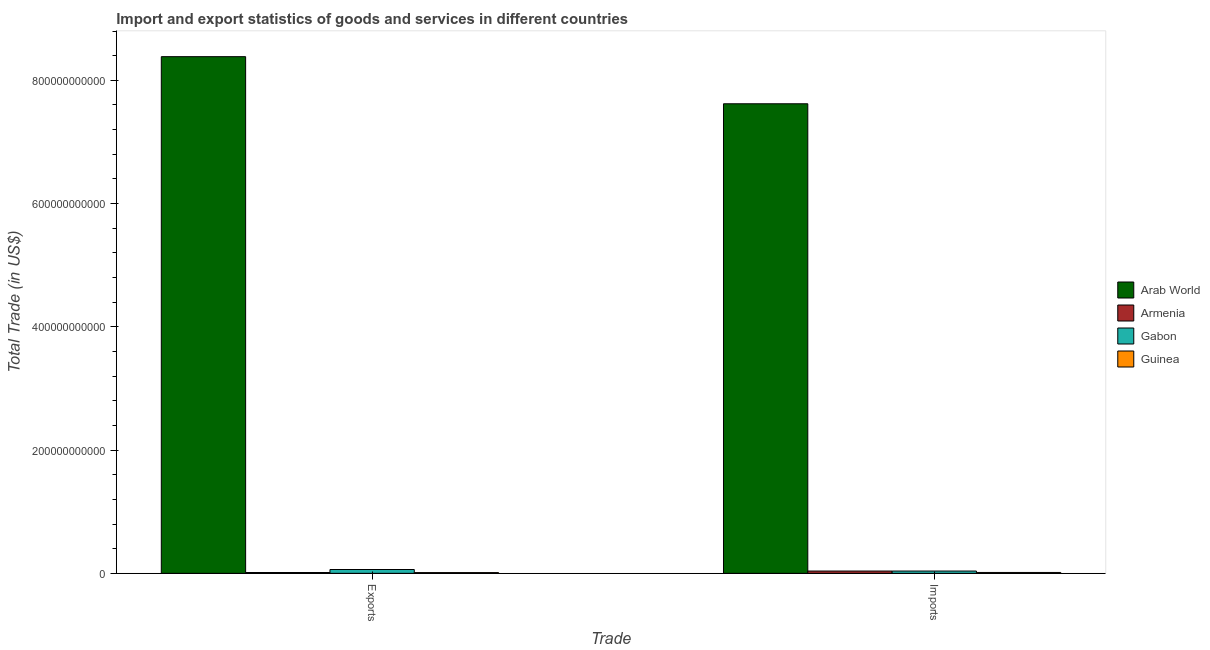
| Trade | Arab World | Armenia | Gabon | Guinea |
 | --- | --- | --- | --- | --- |
 | Exports | 8.38e+11 | 1.34e+09 | 6.2e+09 | 1.22e+09 |
 | Imports | 7.62e+11 | 3.72e+09 | 3.73e+09 | 1.42e+09 |